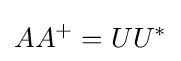
AA^{+}=UU^{*}